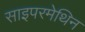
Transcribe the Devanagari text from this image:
साइपरमेथिन